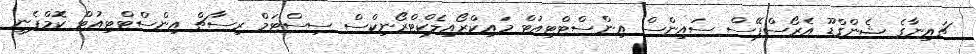
ޗައިނާގެ ޝެންގްޑޫ އެރޯސްޕޭސް ސައިންސް އިންސްޓްޓިއުޓް މައިކްރޯއިލެކްޓްރޯނިކްސް ސިސްޓަމް ރިސާޗް އިންސްޓްޓިއުޓް ކޮމްޕެނީ